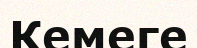
Кемеге